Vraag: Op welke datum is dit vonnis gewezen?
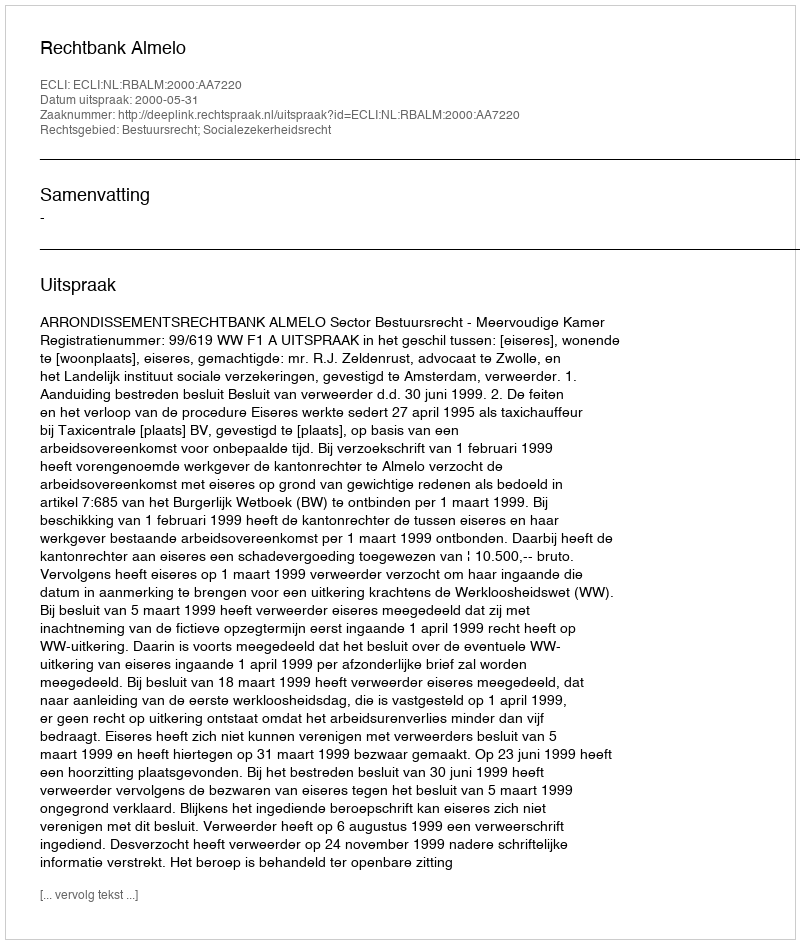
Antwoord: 2000-05-31